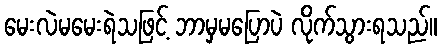
မေးလဲမမေးရဲသဖြင့် ဘာမှမပြောပဲ လိုက်သွားရသည်။